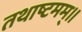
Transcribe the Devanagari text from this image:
तथाष्टमम्।।